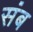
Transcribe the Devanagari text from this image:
संब